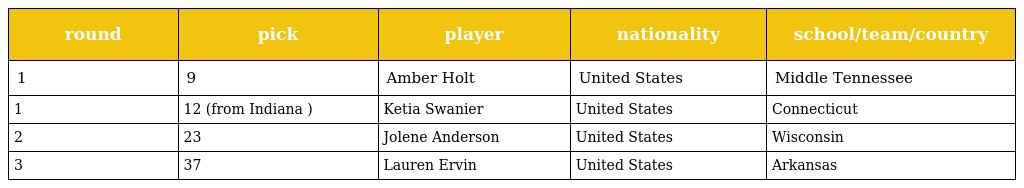
| round | pick | player | nationality | school/team/country |
 | --- | --- | --- | --- | --- |
 | 1 | 9 | Amber Holt | United States | Middle Tennessee |
 | 1 | 12 (from Indiana ) | Ketia Swanier | United States | Connecticut |
 | 2 | 23 | Jolene Anderson | United States | Wisconsin |
 | 3 | 37 | Lauren Ervin | United States | Arkansas |